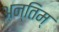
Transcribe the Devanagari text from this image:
अन्तिम्